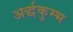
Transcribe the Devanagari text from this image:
अर्द्धकुम्भ